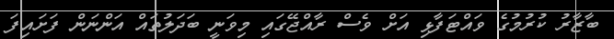
ބާޒާރު ކުރުމުގެ ވައްޓަފާޅި އަށް ވެސް ރާއްޖޭގައި މިވަނީ ބަދަލުތައް އަންނަން ފަށައިފަ